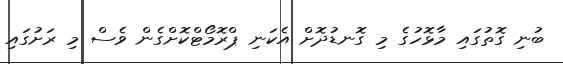
ބުނި ގޮތުގައި މާޅޮހުގެ މި ގޮނޑުދޮށް އެކަނި ޕްރޮމޯޓްކޮށްގެން ވެސް މި ރަށުގައި